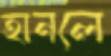
হানলে